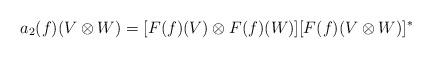
LaTeX: \begin{align*} a_2(f)(V \otimes W) = [F(f)(V) \otimes F(f)(W)] [F(f)(V \otimes W)]^*\end{align*}